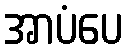
အာပံပေ